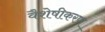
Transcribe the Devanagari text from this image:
वैशेषीकरण